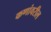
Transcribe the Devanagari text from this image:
कणांवरील